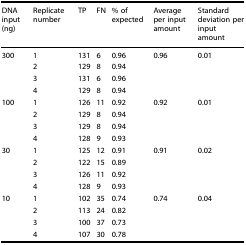
<table><thead><tr><td><b>DNA input (ng)</b></td><td><b>Replicate number</b></td><td><b>TP</b></td><td><b>FN</b></td><td><b>% of expected</b></td><td><b>Average per input amount</b></td><td><b>Standard deviation per input amount</b></td></tr></thead><tbody><tr><td rowspan="4">300</td><td>1</td><td>131</td><td>6</td><td>0.96</td><td rowspan="4">0.96</td><td rowspan="4">0.01</td></tr><tr><td>2</td><td>129</td><td>8</td><td>0.94</td></tr><tr><td>3</td><td>131</td><td>6</td><td>0.96</td></tr><tr><td>4</td><td>129</td><td>8</td><td>0.94</td></tr><tr><td rowspan="4">100</td><td>1</td><td>126</td><td>11</td><td>0.92</td><td rowspan="4">0.92</td><td rowspan="4">0.01</td></tr><tr><td>2</td><td>129</td><td>8</td><td>0.94</td></tr><tr><td>3</td><td>129</td><td>8</td><td>0.94</td></tr><tr><td>4</td><td>128</td><td>9</td><td>0.93</td></tr><tr><td rowspan="4">30</td><td>1</td><td>125</td><td>12</td><td>0.91</td><td rowspan="4">0.91</td><td rowspan="4">0.02</td></tr><tr><td>2</td><td>122</td><td>15</td><td>0.89</td></tr><tr><td>3</td><td>126</td><td>11</td><td>0.92</td></tr><tr><td>4</td><td>128</td><td>9</td><td>0.93</td></tr><tr><td rowspan="4">10</td><td>1</td><td>102</td><td>35</td><td>0.74</td><td rowspan="4">0.74</td><td rowspan="4">0.04</td></tr><tr><td>2</td><td>113</td><td>24</td><td>0.82</td></tr><tr><td>3</td><td>100</td><td>37</td><td>0.73</td></tr><tr><td>4</td><td>107</td><td>30</td><td>0.78</td></tr></tbody></table>